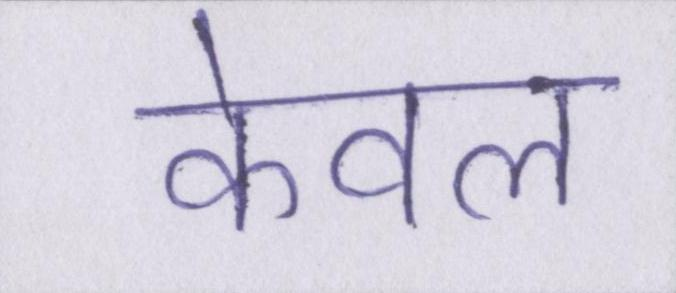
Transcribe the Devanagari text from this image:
केवल